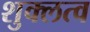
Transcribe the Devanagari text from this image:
शुक्लत्व